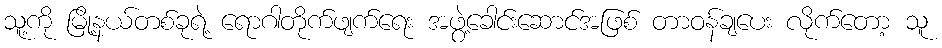
သူ့ကို မြို့နယ်တစ်ခုရဲ့ ရောဂါတိုက်ဖျက်ရေး အဖွဲ့ခေါင်းဆောင်အဖြစ် တာဝန်ချပေး လိုက်တော့ သူ